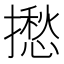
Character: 𢶲